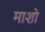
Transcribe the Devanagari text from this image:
माशो